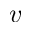
\boldsymbol { v }